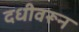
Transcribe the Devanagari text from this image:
दधीवरून